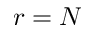
r = N